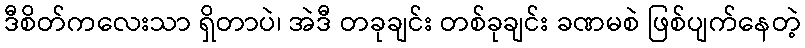
ဒီစိတ်ကလေးသာ ရှိတာပဲ၊ အဲဒီ တခုချင်း တစ်ခုချင်း ခဏမစဲ ဖြစ်ပျက်နေတဲ့